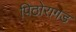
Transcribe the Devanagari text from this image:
पिठोरागड